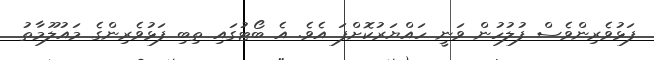
ފަޅުވެރިންވެސް ފުލުހުން ވަނީ ހައްޔަރުކޮށްފަ އެވެ. އެ ބޯޓުގައި ތިބި ފަޅުވެރިންގެ މައުލޫމާތު